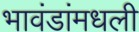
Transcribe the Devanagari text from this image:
भावंडांमधली